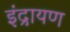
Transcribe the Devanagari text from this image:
इंद्रायण